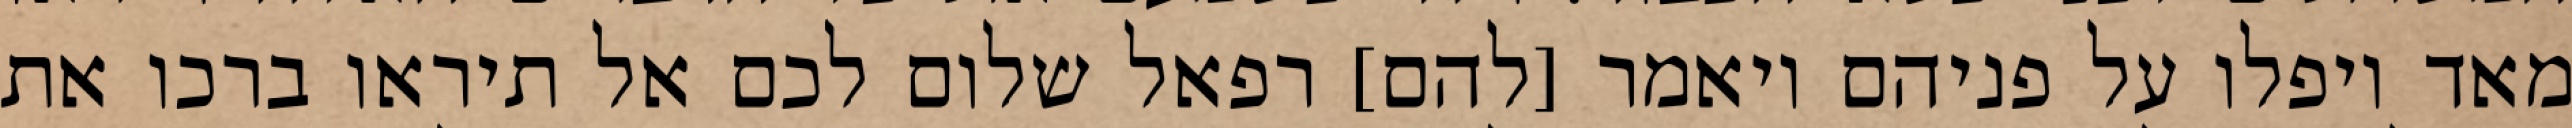
מאד ויפלו על פניהם ויאמר [להם] רפאל שלום לכם אל תיראו ברכו את